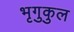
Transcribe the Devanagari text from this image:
भृगुकुल